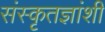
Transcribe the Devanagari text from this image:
संस्कृतज्ञांशी